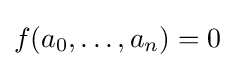
f(a_{0},\ldots ,a_{n})=0